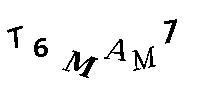
T6MAM7